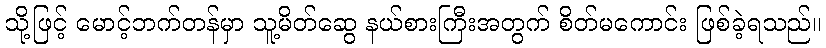
သို့ဖြင့် မောင့်ဘက်တန်မှာ သူ့မိတ်ဆွေ နယ်စားကြီးအတွက် စိတ်မကောင်း ဖြစ်ခဲ့ရသည်။